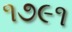
૧૭૯૧